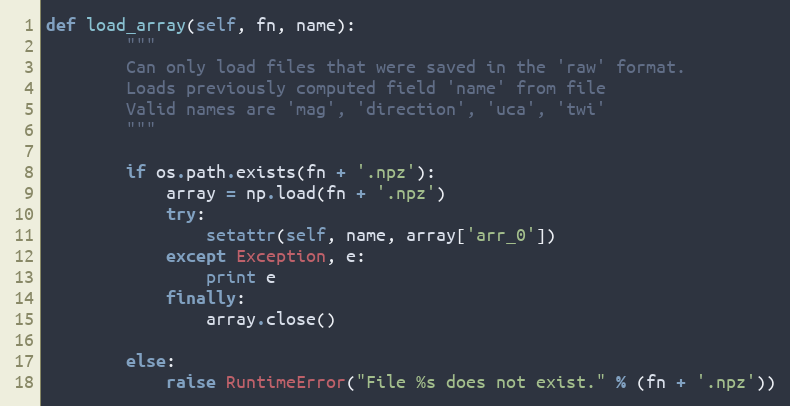
Language: Python
def load_array(self, fn, name):
        """
        Can only load files that were saved in the 'raw' format.
        Loads previously computed field 'name' from file
        Valid names are 'mag', 'direction', 'uca', 'twi'
        """

        if os.path.exists(fn + '.npz'):
            array = np.load(fn + '.npz')
            try:
                setattr(self, name, array['arr_0'])
            except Exception, e:
                print e
            finally:
                array.close()

        else:
            raise RuntimeError("File %s does not exist." % (fn + '.npz'))